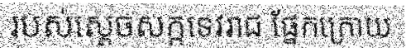
របស់ស្តេចសក្កទេវរាជ ផ្នែកក្រោយ